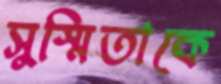
সুস্মিতাকে